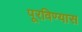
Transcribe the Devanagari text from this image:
पूरविण्यास